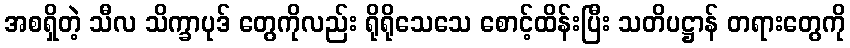
အစရှိတဲ့ သီလ သိက္ခာပုဒ် တွေကိုလည်း ရိုရိုသေသေ စောင့်ထိန်းပြီး သတိပဋ္ဌာန် တရားတွေကို